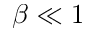
\beta \ll 1